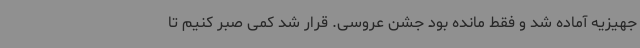
جهیزیه آماده شد و فقط مانده بود جشن عروسی. قرار شد کمی صبر کنیم تا